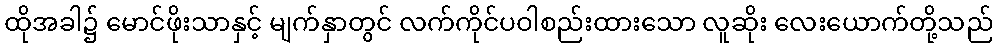
ထိုအခါ၌ မောင်ဖိုးသာနှင့် မျက်နှာတွင် လက်ကိုင်ပဝါစည်းထားသော လူဆိုး လေးယောက်တို့သည်